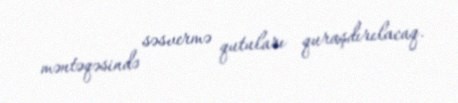
məntəqəsində səsvermə qutuları quraşdırılacaq.